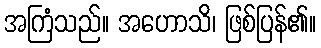
အကြံသည်။ အဟောသိ၊ ဖြစ်ပြန်၏။